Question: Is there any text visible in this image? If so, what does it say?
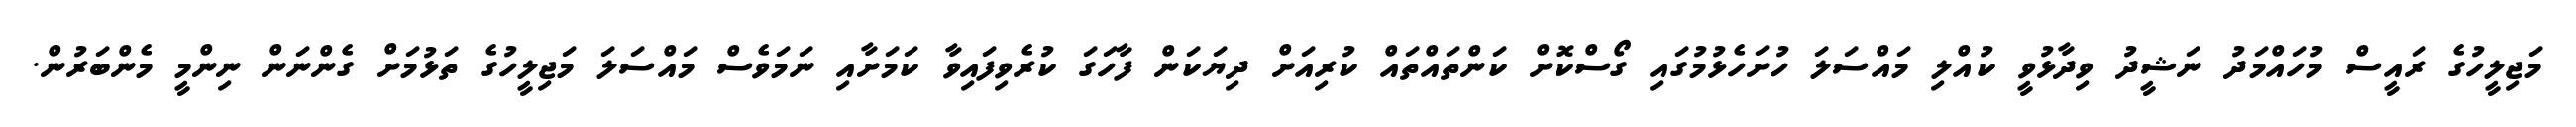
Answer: މަޖިލީހުގެ ރައީސް މުހައްމަދު ނަޝީދު ވިދާޅުވީ ކުއްލި މައްސަލަ ހުށަހެޅުމުގައި ގޯސްކޮށް ކަންތައްތައް ކުރިއަށް ދިޔަކަން ފާހަގަ ކުރެވިފައިވާ ކަމަށާއި ނަމަވެސް މައްސަލަ މަޖިލީހުގެ ތަޅުމަށް ގެންނަން ނިންމީ މެންބަރުން.